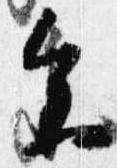
参